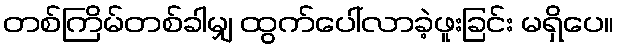
တစ်ကြိမ်တစ်ခါမျှ ထွက်ပေါ်လာခဲ့ဖူးခြင်း မရှိပေ။